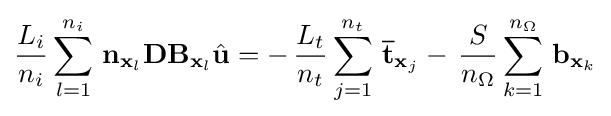
{\frac {L_{i}}{n_{i}}}\sum _{l=1}^{n_{i}}\,\mathbf {n} _{\mathbf {x} _{l}}\mathbf {D} \mathbf {B} _{\mathbf {x} _{l}}{\hat {\mathbf {u} }}=-\,{\frac {L_{t}}{n_{t}}}\sum _{j=1}^{n_{t}}\,{\overline {\mathbf {t} }}_{\mathbf {x} _{j}}-\,{\frac {S}{n_{\Omega }}}\sum _{k=1}^{n_{\Omega }}\,\mathbf {b} _{\mathbf {x} _{k}}